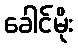
ခေါင်မိုး